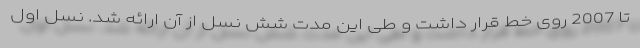
تا 2007 روی خط قرار داشت و طی این مدت شش نسل از آن ارائه شد. نسل اول